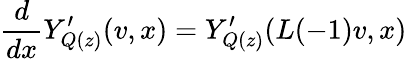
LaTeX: \frac{d}{dx}Y_{Q(z)}^{\prime}(v,x)=Y_{Q(z)}^{\prime}(L(-1)v,x)